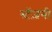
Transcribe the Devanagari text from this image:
स्टेंज़नी